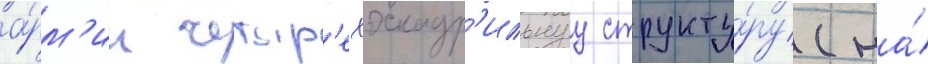
а́рм'ии четыр'ехэскадр'ильнуу структу́ру (на́